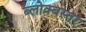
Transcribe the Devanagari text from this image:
ब्लोक्बस्तर